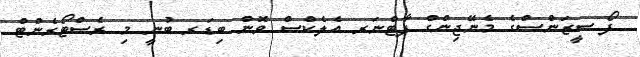
ފޯ ސީޒަންސްގެ މެނޭޖިންގް ޕާޓްނަރ އެލެކްސް ވޮން ބިޑަރ ބުނީ މި ރެސްޓޯރެންޓް